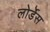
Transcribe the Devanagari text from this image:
लोर्डेस